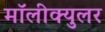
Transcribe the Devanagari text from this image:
मॉलीक्युलर